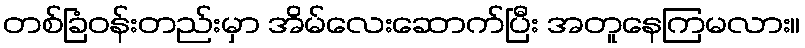
တစ်ခြံဝန်းတည်းမှာ အိမ်လေးဆောက်ပြီး အတူနေကြမလား။